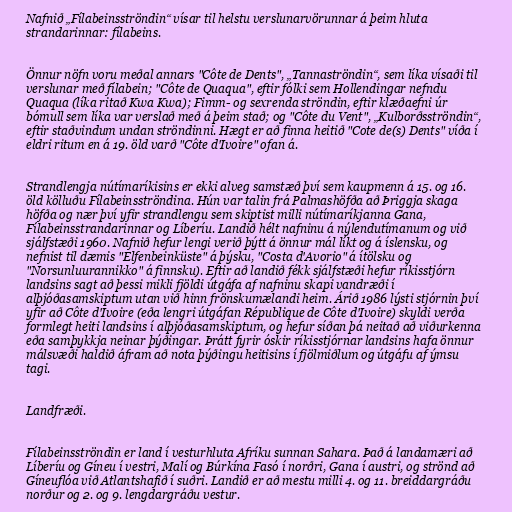
Nafnið „Fílabeinsströndin“ vísar til helstu verslunarvörunnar á þeim hluta
strandarinnar: fílabeins.

Önnur nöfn voru meðal annars "Côte de Dents", „Tannaströndin“, sem líka vísaði til
verslunar með fílabein; "Côte de Quaqua", eftir fólki sem Hollendingar nefndu
Quaqua (líka ritað Kwa Kwa); Fimm- og sexrenda ströndin, eftir klæðaefni úr
bómull sem líka var verslað með á þeim stað; og "Côte du Vent", „Kulborðsströndin“,
eftir staðvindum undan ströndinni. Hægt er að finna heitið "Cote de(s) Dents" víða í
eldri ritum en á 19. öld varð "Côte d'Ivoire" ofan á.

Strandlengja nútímaríkisins er ekki alveg samstæð því sem kaupmenn á 15. og 16.
öld kölluðu Fílabeinsströndina. Hún var talin frá Palmashöfða að Þriggja skaga
höfða og nær því yfir strandlengu sem skiptist milli nútímaríkjanna Gana,
Fílabeinsstrandarinnar og Líberíu. Landið hélt nafninu á nýlendutímanum og við
sjálfstæði 1960. Nafnið hefur lengi verið þýtt á önnur mál líkt og á íslensku, og
nefnist til dæmis "Elfenbeinküste" á þýsku, "Costa d'Avorio" á ítölsku og
"Norsunluurannikko" á finnsku). Eftir að landið fékk sjálfstæði hefur ríkisstjórn
landsins sagt að þessi mikli fjöldi útgáfa af nafninu skapi vandræði í
alþjóðasamskiptum utan við hinn frönskumælandi heim. Árið 1986 lýsti stjórnin því
yfir að Côte d'Ivoire (eða lengri útgáfan République de Côte d'Ivoire) skyldi verða
formlegt heiti landsins í alþjóðasamskiptum, og hefur síðan þá neitað að viðurkenna
eða samþykkja neinar þýðingar. Þrátt fyrir óskir ríkisstjórnar landsins hafa önnur
málsvæði haldið áfram að nota þýðingu heitisins í fjölmiðlum og útgáfu af ýmsu
tagi.

Landfræði.

Fílabeinsströndin er land í vesturhluta Afríku sunnan Sahara. Það á landamæri að
Líberíu og Gíneu í vestri, Malí og Búrkína Fasó í norðri, Gana í austri, og strönd að
Gíneuflóa við Atlantshafið í suðri. Landið er að mestu milli 4. og 11. breiddargráðu
norður og 2. og 9. lengdargráðu vestur.